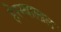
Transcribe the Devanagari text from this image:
हेरम्बालाल